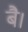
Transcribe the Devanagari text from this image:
बै।